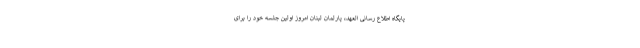
پایگاه اطلاع رسانی العهد، پارلمان لبنان امروز اولین جلسه خود را برای